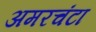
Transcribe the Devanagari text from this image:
अमरचंटा